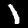
Label: 1